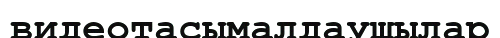
видеотасымалдаушылар